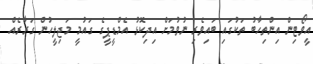
އީވޯޓިން އިންތިހާބު ތަކުގައި ބައިވެރި ނުވުމަށް އިދިކޮޅު އެމްޑީޕީގެ ގައުމީ މަޖިލީހުން ގަރާރެއް